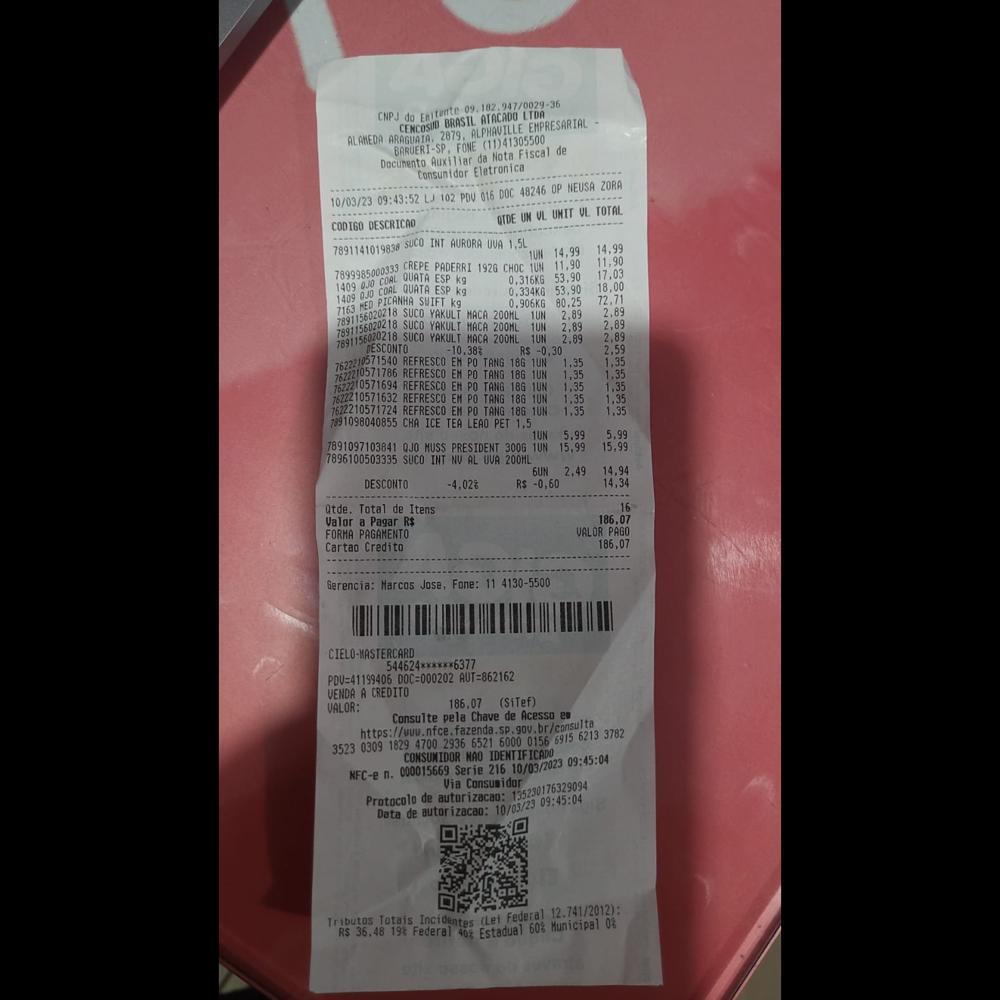
09.102-287/0029-36 CNPJ do ATACADO LTDA CENCOSID EMPRESARIAL CDONPTRNSIL ALANEDA ARAGUAIA 2879, ALPHAVILLE (11)41305500 BARUERI-SP. FONE da Nota Fiscal de Documento Auxiliar Consunidor Eletronica 10/03/23 09:43:52 L 102 PDU CODIGO DESCRICAO 0J0 QUATA ESP kg 1409 TWYSOETE 1409 QJO COAL QUATA ESP kg HED PICANHA SUIFT kg 7163, DESCONTO - 016 DOC 48246 OP NEUSA ZORA QTDE UN VL UNIT UL TOTAL 7891141019838 SUCO INT AURORA UVA 1.5L 14,99 14,99 CREPE PADERRI 1926 CHOC 1UN TUN 11,90 11,90 SUCO VAKULT MACA 200ML 1UN 2,89 2,89 SUCO YAKULT MACA 200ML 1UN 2,89 2,89 SUCO YAKULT MACA 200HL 1UN 2.89 2.89 -10.388 RS -0,30 76210671580 REFRESCO EM PO TANG 186 1UN 1,35 1,35 222 210571786 REFRESCO EM PO TANG 18G 1UN 1,35 1.35 7622210571694 REFRESCO EH PO TANG 186 1UN 1,35 1.35 7622210571632 REFRESCO EM PO TANG 186 1UN 1.35 1.35 7622210571724 REFRESCO EM PO TANG 186 1UN 1.35 1.35 191098040855 CHA ICE TEA LEAO PET 1.5 7891097103841 QJO MUSS PRESIDENT 300G TUN 15,99 15.99 7896100503335 SUCO INT NU AL OUA 200ML DESCONTO -4.028 RS -0,60 Qtde. Total de Itens Valor a Pagar R$ FORMA PAGAMENTO Cartao Credito 0,316KG 53.90 17.03 0.334KG 53,90 18,00 0.906KG 80,25 72.71 2,59 1UN 5.99 5,99 6UN 2,49 14,94 14,34 16 186.07 VALOR PAGO 186,07 derencia: Marcos Jose, Fone: 11 4130-5500 CIELO-MASTERCARD 544624*x*x**6377 PDU=41199406 DOC=000202 AUT=862162 VENDA A CREDITO VALOR: 3523 186.07 (SiTef) Consulte pela Chave de Acesso en 0309 MWIPELEPRRPMETES 1829 4700.2936 6521 6000 0156 6915 6213 3782 CONSUMIDOR NAO IDENTIFICADO 09:45:04 NFC-e n. 000015669 Serie 216 10/03/2023 Via Consumidor 135230176329094 Protocolo de autorizacao: 09:45:04 Data de autorizacao: 10/03/23 Tributos, Totais. Incidentes (Lei Federal Municipal 12.741/2012): 08 RS 36.48 198 Federal 402 Estadual 60%